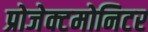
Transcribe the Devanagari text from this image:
प्रोजेक्टमोनिटर